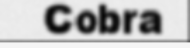
Cobra